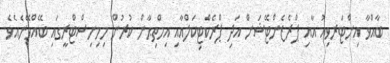
ބާއްވާ އިންޓަރވިއު އާއި ޕްރެޒެންޓޭޝަން އަދި ޕްރެކްޓިކަލްއާއި އިމްތިޙާން ކުރުން މިމިނިސްޓްރީގައި ބޭއްވޭނެއެވެ.